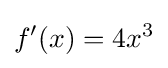
f'(x)=4x^{3}